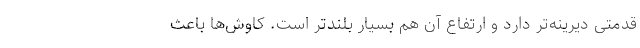
قدمتی دیرینه‌تر دارد و ارتفاع آن هم بسیار بلندتر است. کاوش‌ها باعث